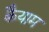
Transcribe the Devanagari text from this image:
क़ैयाम